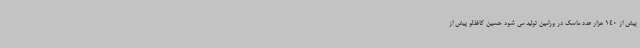
بیش از 140 هزار عدد ماسک در ورامین تولید می شود حسین کاغذلو پیش از